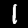
Digit: 1